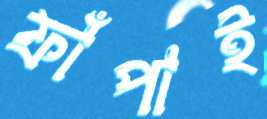
ফাঁপাই